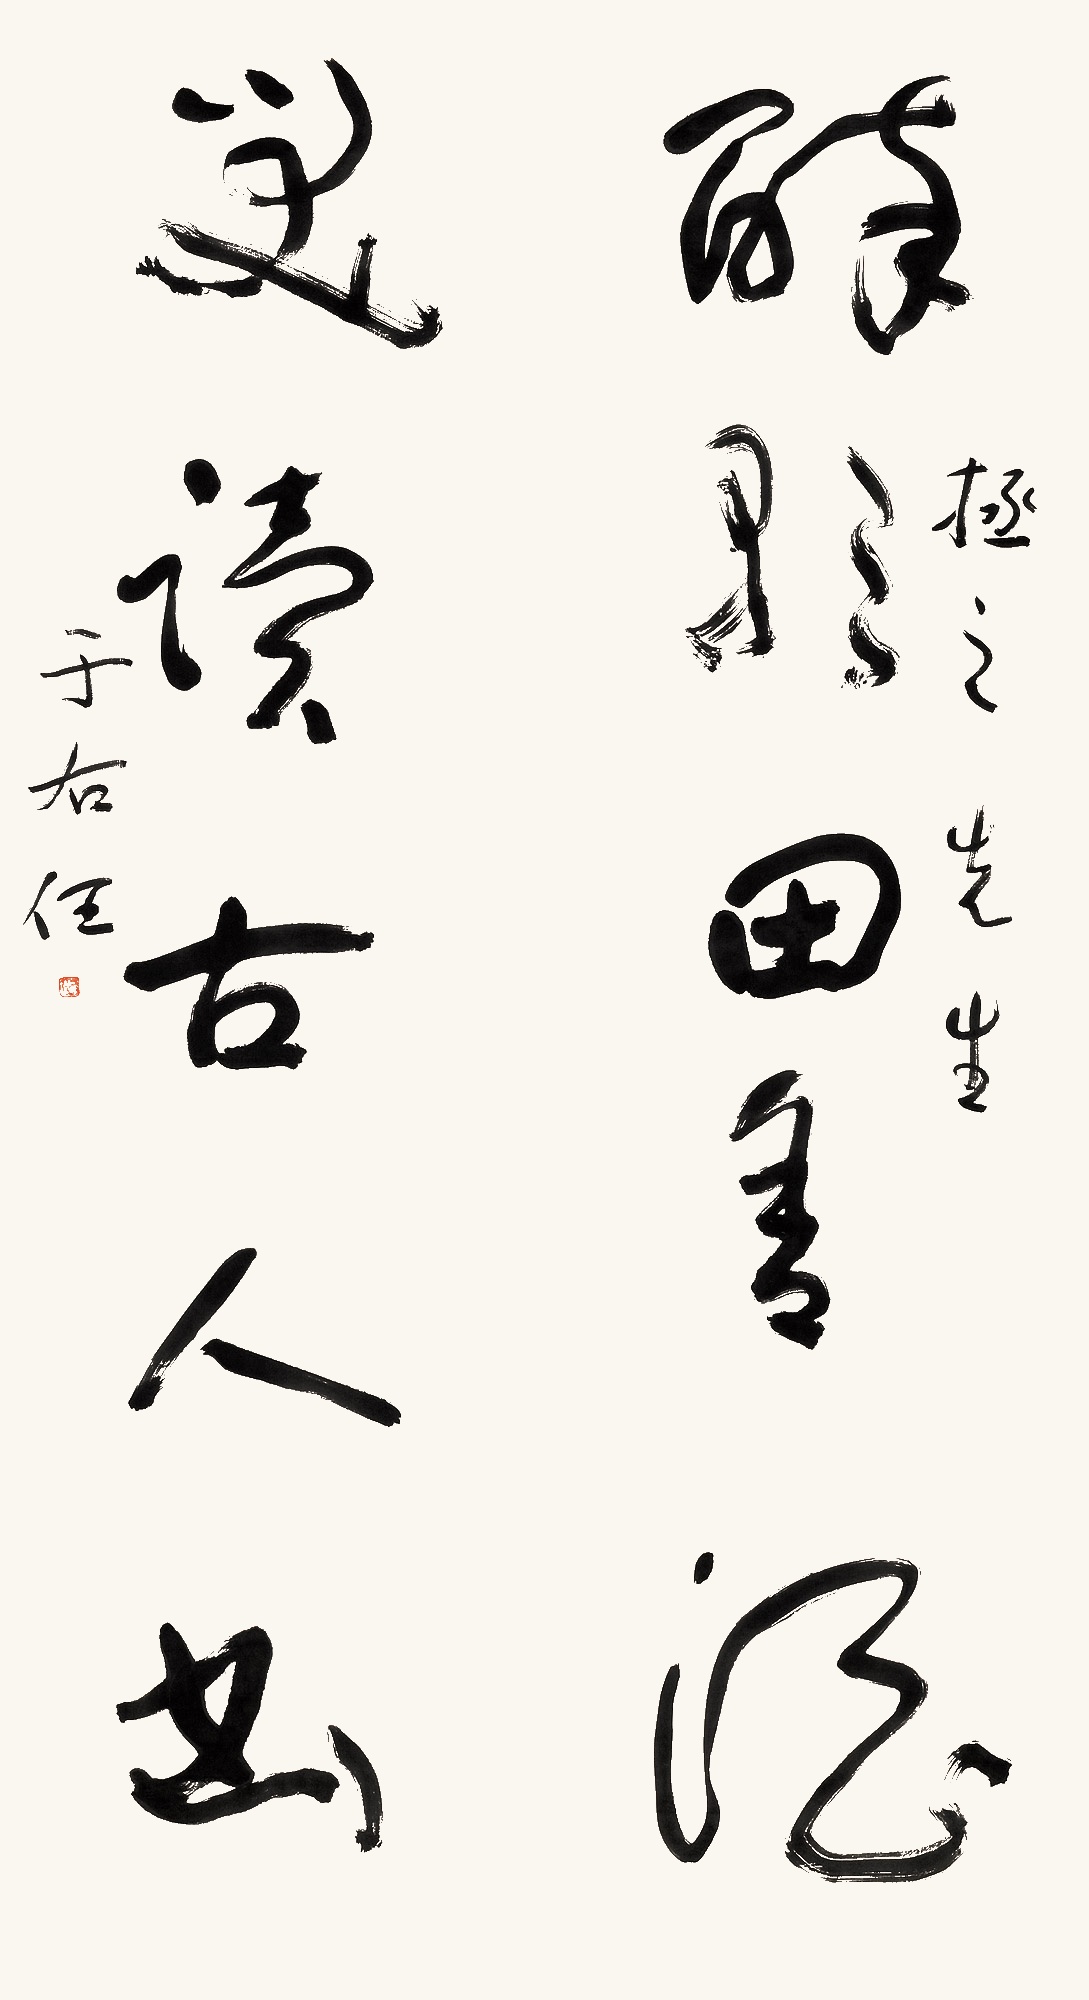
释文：醉歌田舍酒，笑读古人书。拯之先生，于右任。